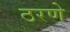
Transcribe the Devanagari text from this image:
ठरणे